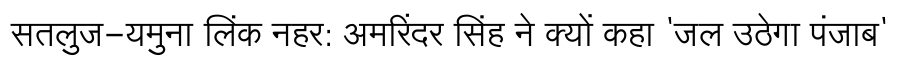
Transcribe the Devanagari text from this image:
सतलुज-यमुना लिंक नहर: अमरिंदर सिंह ने क्यों कहा 'जल उठेगा पंजाब'